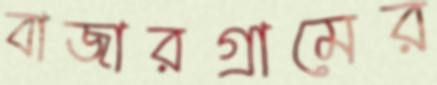
বাজারগ্রামের